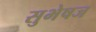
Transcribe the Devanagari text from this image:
सुभेषज